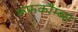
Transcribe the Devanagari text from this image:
रूफकौम्ब्स